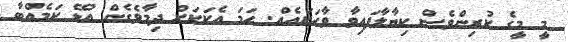
މީ މީގެ ކުރިންވެސް ކިޔާލާފައިވާ ވާހަކައެއް. ހަމަ އެކަކަށް ދިމާވެގެން އުޅޭ ކަމެއްބާ